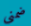
ضمني